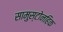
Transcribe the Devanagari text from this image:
सामुस्टोनहिक